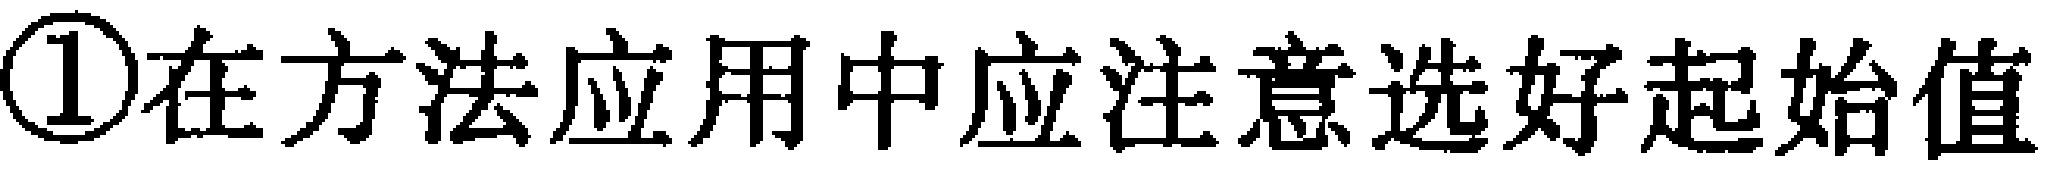
\textcircled{1}在方法应用中应注意选好起始值